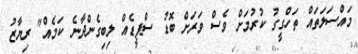
މައްސަލަތައް ތަހްގީގު ކުރުމަށް ވެސް ވަރަށް ބޮޑު ސްޕީޑެއް ލިބިގެންދާނެ ކަމެއް" ރިޔާޒު